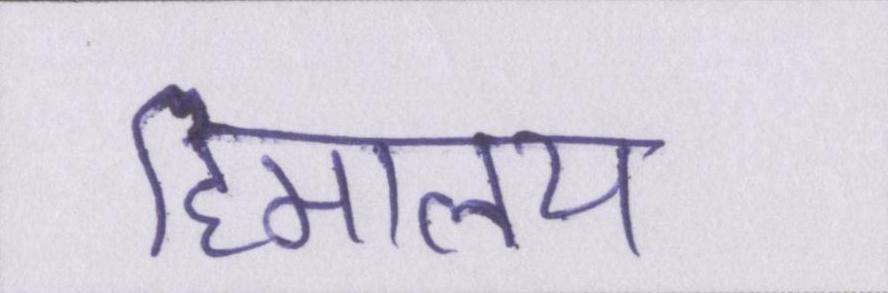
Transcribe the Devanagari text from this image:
हिमालय